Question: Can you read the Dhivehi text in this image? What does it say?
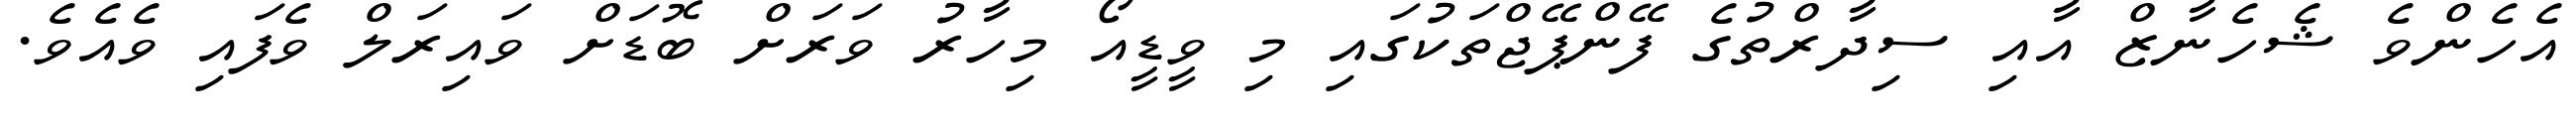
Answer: އެހެންވެ ޝެހެނާޒް އާއި ސިދާރްތުގެ ފޭންޕޭޖްތަކުގައި މި ވީޑީއޯ މިހާރު ވަރަށް ބޮޑަށް ވައިރަލް ވެފައި ވެއެވެ.